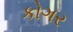
કોગર